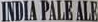
INDIA PALE ALE